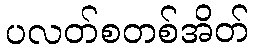
ပလတ်စတစ်အိတ်